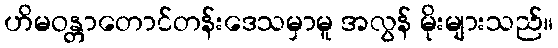
ဟိမဝန္တာတောင်တန်းဒေသမှာမူ အလွန် မိုးများသည်။